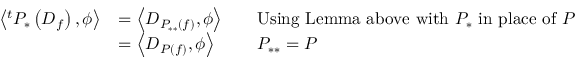
{ \begin{array} { r l r l } { \left\langle ^ { t } P _ { * } \left( D _ { f } \right) , \phi \right\rangle } & { = \left\langle D _ { P _ { * * } ( f ) } , \phi \right\rangle } & & { { \mathrm { U s i n g ~ L e m m a ~ a b o v e ~ w i t h ~ } } P _ { * } { \mathrm { ~ i n ~ p l a c e ~ o f ~ } } P } \\ & { = \left\langle D _ { P ( f ) } , \phi \right\rangle } & & { P _ { * * } = P } \end{array} }